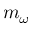
m _ { \omega }